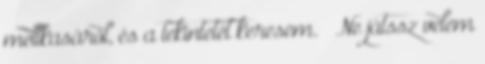
mellkasáról, és a tekintetét keresem. – Ne játssz velem